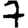
Digit: 7